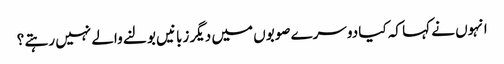
انہوں نے کہا کہ کیا دوسرے صوبوں میں دیگر زبانیں بولنے والے نہیں رہتے ؟